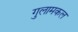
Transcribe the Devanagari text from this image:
गुलामकल